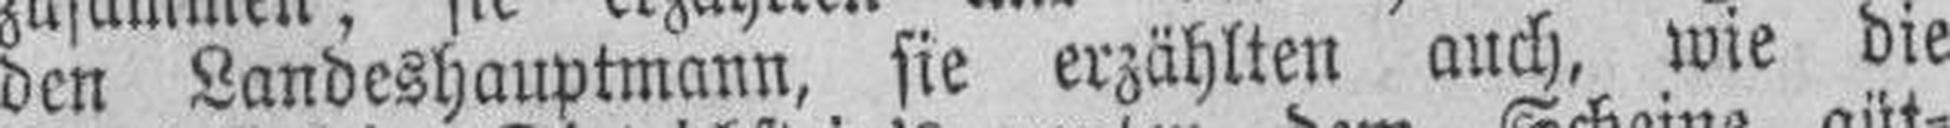
den Landeshauptmann, sie erzählten auch, wie die